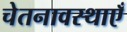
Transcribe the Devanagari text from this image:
चेतनावस्थाएँ